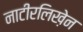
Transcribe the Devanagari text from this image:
नाटीरलिख़ेन